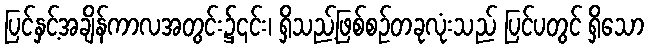
ပြင်နှင့်အချိန်ကာလအတွင်း၌၎င်း၊ ရှိသည့်ဖြစ်စဉ်တခုလုံးသည် ပြင်ပတွင် ရှိသော